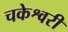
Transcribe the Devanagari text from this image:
चकेश्वरी